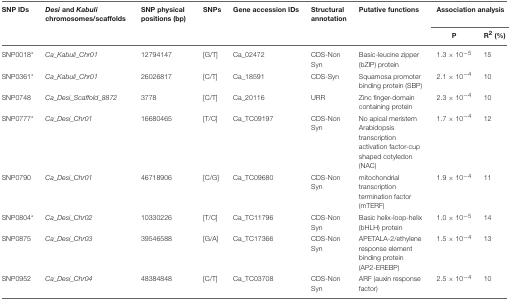
| SNP IDs | Desi and Kabuli chromosomes/scaffolds | SNP physical positions (bp) | SNPs | Gene accession IDs | Structural annotation | Putative functions | <COLSPAN=2> Association analysis |
 |  |  |  |  |  |  |  | P | R2 (%) |
 | --- | --- | --- | --- | --- | --- | --- | --- | --- |
 | SNP0018* | Ca_Kabuli_Chr01 | 12794147 | [G/T] | Ca_02472 | CDS-Non Syn | Basic-leucine zipper (bZIP) protein | 1.3 × 10−5 | 15 |
 | SNP0361* | Ca_Kabuli_Chr01 | 26026817 | [C/T] | Ca_18591 | CDS-Syn | Squamosa promoter binding protein (SBP) | 2.1 × 10−4 | 10 |
 | SNP0748 | Ca_Desi_Scaffold_8872 | 3778 | [C/T] | Ca_20116 | URR | Zinc finger-domain containing protein | 2.3 × 10−4 | 10 |
 | SNP0777* | Ca_Desi_Chr01 | 16680465 | [T/C] | Ca_TC09197 | CDS-Non Syn | No apical meristem Arabidopsis transcription activation factor-cup shaped cotyledon (NAC) | 1.7 × 10−4 | 12 |
 | SNP0790 | Ca_Desi_Chr01 | 46718906 | [C/G] | Ca_TC09680 | CDS-Non Syn | mitochondrial transcription termination factor (mTERF) | 1.9 × 10−4 | 11 |
 | SNP0804* | Ca_Desi_Chr02 | 10330226 | [T/C] | Ca_TC11796 | CDS-Non Syn | Basic helix-loop-helix (bHLH) protein | 1.0 × 10−5 | 14 |
 | SNP0875 | Ca_Desi_Chr03 | 39546588 | [G/A] | Ca_TC17366 | CDS-Non Syn | APETALA-2/ethylene response element binding protein (AP2-EREBP) | 1.5 × 10−4 | 13 |
 | SNP0952 | Ca_Desi_Chr04 | 48384848 | [C/T] | Ca_TC03708 | CDS-Non Syn | ARF (auxin response factor) | 2.5 × 10−4 | 10 |